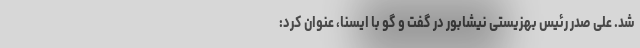
شد. علی صدر رئیس بهزیستی نیشابور در گفت و گو با ایسنا، عنوان کرد: